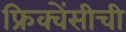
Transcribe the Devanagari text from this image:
फ्रिक्वेंसीची